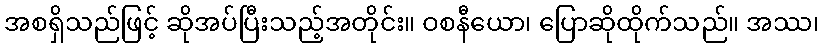
အစရှိသည်ဖြင့် ဆိုအပ်ပြီးသည့်အတိုင်း။ ဝစနီယော၊ ပြောဆိုထိုက်သည်။ အဿ၊